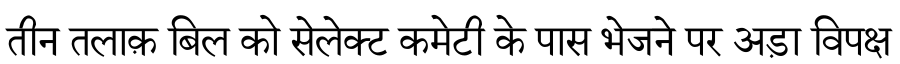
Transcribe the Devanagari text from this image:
तीन तलाक़ बिल को सेलेक्ट कमेटी के पास भेजने पर अड़ा विपक्ष